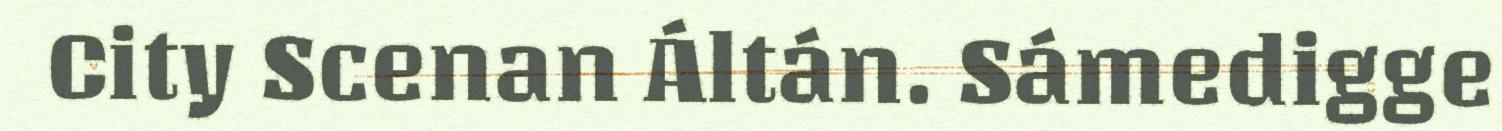
City Scenan Áltán. Sámedigge